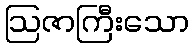
ဩဇာကြီးသော